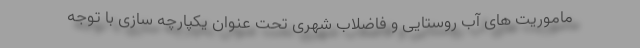
ماموریت های آب روستایی و فاضلاب شهری تحت عنوان یکپارچه سازی با توجه